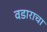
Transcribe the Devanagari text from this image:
वडाराचा